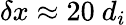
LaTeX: \delta x\approx 20~d_{i}